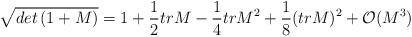
LaTeX: \begin{align*}\sqrt{det \left( 1+M \right)}=1+\frac{1}{2}tr M -\frac{1}{4} trM^2 +\frac{1}{8} (tr M)^2 +{\cal O}(M^3)\end{align*}